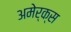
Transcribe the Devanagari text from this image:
अमेर्क्स